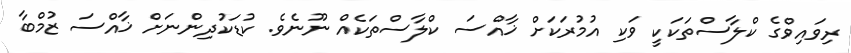
ރިވައިވްގެ ކްލާސްތަކަކީ ވަކި އުމުރަކަށް ޚާއްސަ ކްލާސްތަކެއް ނޫނެވެ. ކުޑަކުދިންނަށް ޚާއްސަ ޒުމްބާ